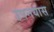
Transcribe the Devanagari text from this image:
उपनयास